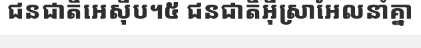
ជនជាតិអេស៊ីប។៥ ជនជាតិអ៊ីស្រាអែលនាំគ្នា